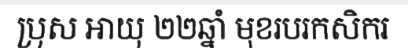
ប្រុស អាយុ ២២ឆ្នាំ មុខរបរកសិករ